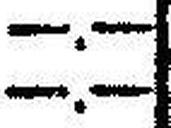
—.—